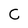
Character: C